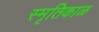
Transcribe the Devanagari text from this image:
स्मृतिकाळ